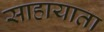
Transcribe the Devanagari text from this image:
साहायाता